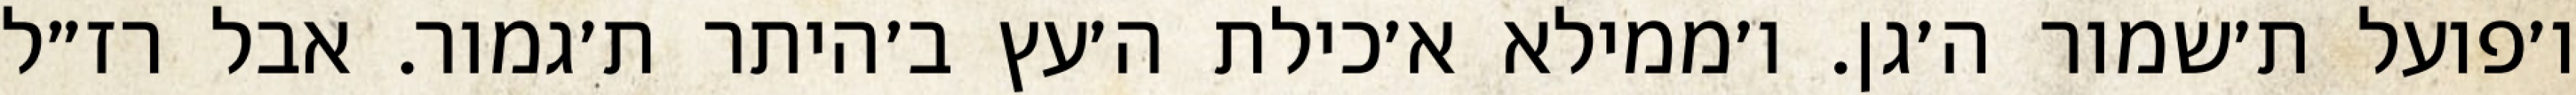
ו׳פועל ת׳שמור ה׳גן. ו׳ממילא א׳כילת ה׳עץ ב׳היתר ת׳גמור. אבל רז״ל